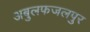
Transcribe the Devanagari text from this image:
अबुलफजलपुर